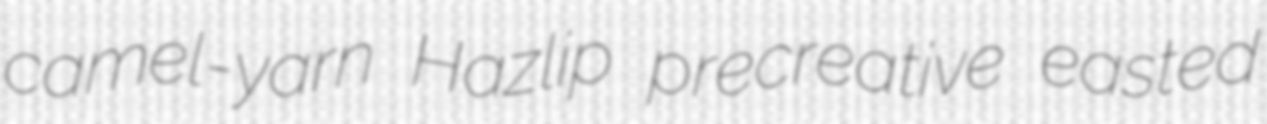
camel-yarn Hazlip precreative easted